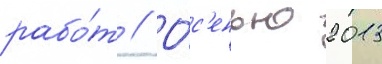
рабо́т // О́с'енью 2013